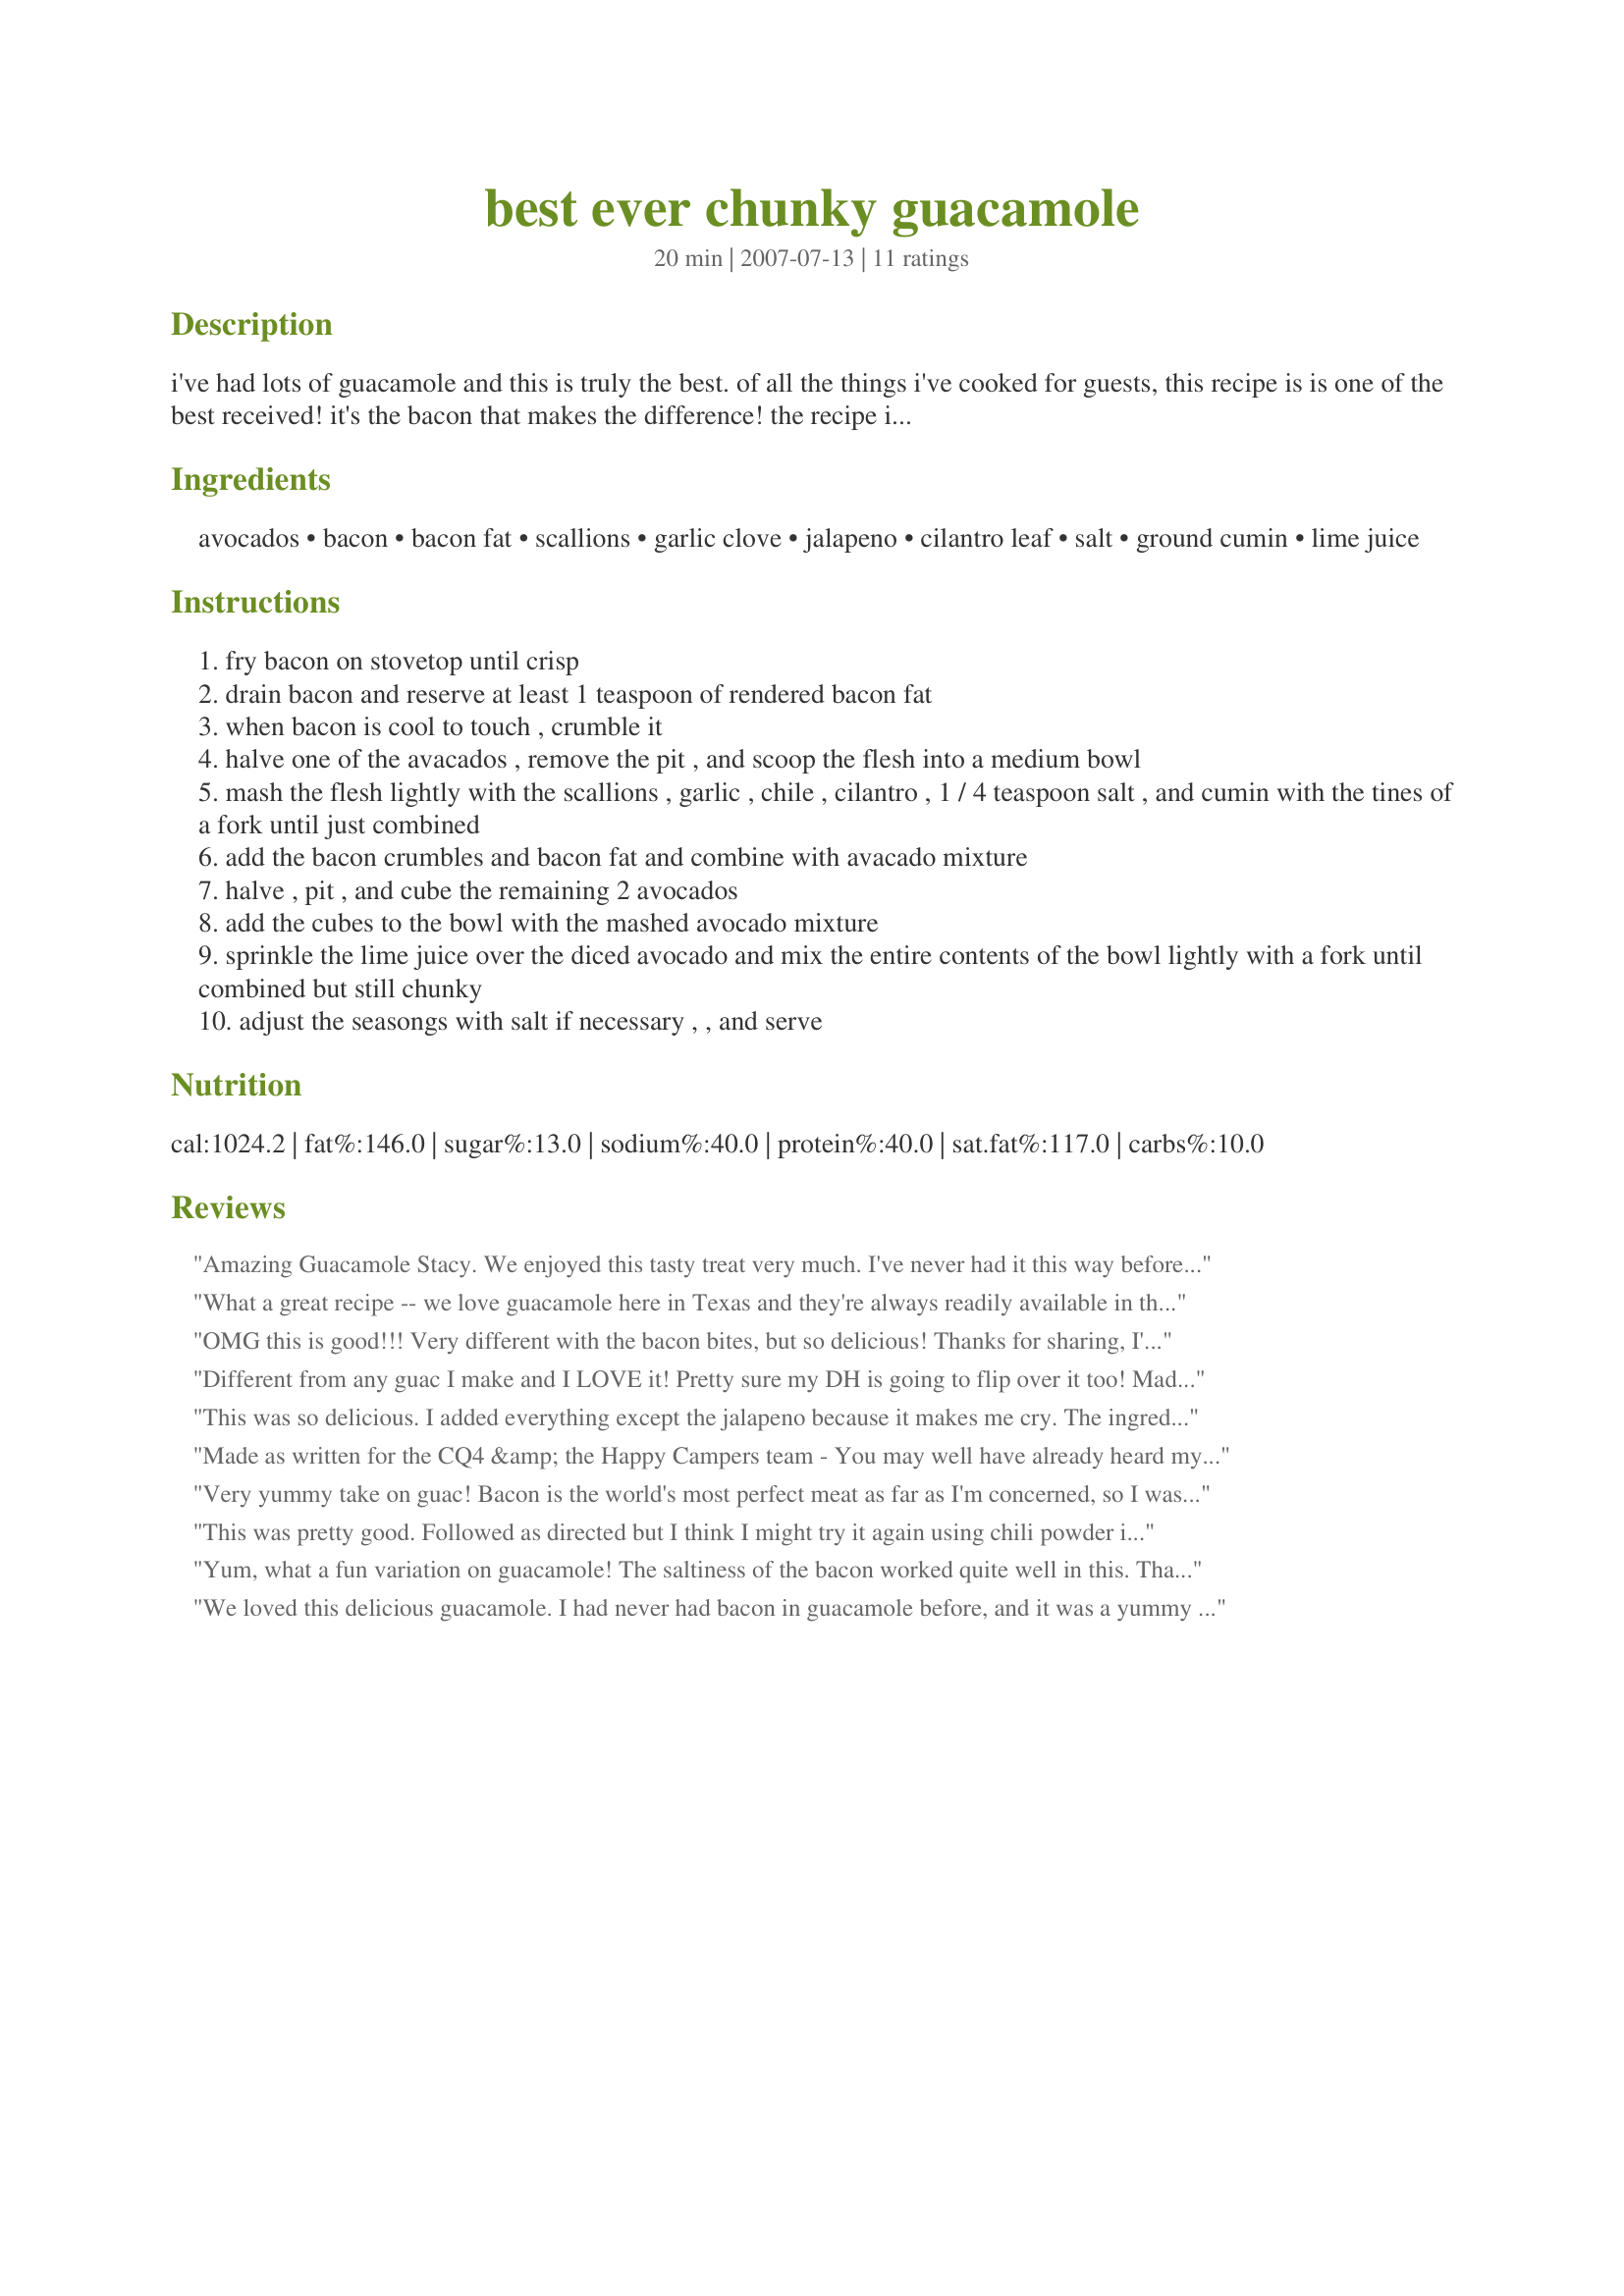
best ever chunky guacamole
Preparation time: 20 minutes

i've had lots of guacamole and this is truly the best. of all the things i've cooked for guests, this recipe is is one of the best received! it's the bacon that makes the difference! the recipe is from the new best recipe cookbook. if you make guacomole ahead of time...*guacamole can be covered with plastic wrap, pressed directly onto the surface of the mixture, and refrigerated up to 1 day.
remove the guacamole to room temperature, removing the plasctic wrap at the last moment, before serving.

Ingredients:
avocados, bacon, bacon fat, scallions, garlic clove, jalapeno, cilantro leaf, salt, ground cumin, lime juice

Steps:
fry bacon on stovetop until crisp
drain bacon and reserve at least 1 teaspoon of rendered bacon fat
when bacon is cool to touch , crumble it
halve one of the avacados , remove the pit , and scoop the flesh into a medium bowl
mash the flesh lightly with the scallions , garlic , chile , cilantro , 1 / 4 teaspoon salt , and cumin with the tines of a fork until just combined
add the bacon crumbles and bacon fat and combine with avacado mixture
halve , pit , and cube the remaining 2 avocados
add the cubes to the bowl with the mashed avocado mixture
sprinkle the lime juice over the diced avocado and mix the entire contents of the bowl lightly with a fork until combined but still chunky
adjust the seasongs with salt if necessary , , and serve

Reviews:
Amazing Guacamole Stacy. We enjoyed this tasty treat very much. I've never had it this way before, it was awesome. Deep, dark and delicious. We've only had it made with tomatoes or mayo before, this is a lovely addition to the rotation. Thank you for sharing a recipe, I will make again. Made for CQ4- Central America.
What a great recipe -- we love guacamole here in Texas and they're always readily available in the summer. Loved the addition of the bacon. Just what we needed as a snack before our meal. Definitely a keeper and will make again.
OMG this is good!!! Very different with the bacon bites, but so delicious! Thanks for sharing, I'll definitely make this again! Made for CQ 2017 Central America for the Happy Campers
Different from any guac I make and I LOVE it! Pretty sure my DH is going to flip over it too! Made for CQ 2017
This was so delicious. I added everything except the jalapeno because it makes me cry. The ingredients went together so well. I have never had guac with bacon bits before. Leaving part of the avocado in chunks was also new. This was the main course of our dinner tonight. My Dh made cheese quesadillas to go with this wonderful guacamole.
Made as written for the CQ4 &amp; the Happy Campers team - You may well have already heard my lecture on the word &quot;best&quot;. As it has been applied to food in general, it is often way over-used. However, that is definitely not the case w/this recipe! (Did I have you scared for a min?) I do believe it is truly the best quacamole I've ever eaten &amp; that's no sml praise from this Texas gal. When I noticed there were no tomatoes in the recipe, I thought I'd miss them but I was wrong. What goofball misses tomatoes when Bacon takes their place? Not me! Thx for sharing this recipe w/the Quest. Yum!
Very yummy take on guac! Bacon is the world's most perfect meat as far as I'm concerned, so I was surprised that it didn't thrill me as much as I expected. But it was still really good! I am also notoriously lazy - next time I will add a sprinkling of real bacon bits to get the bacon flavor! (Still a zillion percent better than lutefisk - lol!) Made for CQ4 - 2017
This was pretty good. Followed as directed but I think I might try it again using chili powder instead of the cumin, just a personal taste.
Yum, what a fun variation on guacamole! The saltiness of the bacon worked quite well in this. Thanks for sharing! CQ4
We loved this delicious guacamole. I had never had bacon in guacamole before, and it was a yummy addition. I used 2 cloves of garlic and extra cumin, as well as salt and black pepper. I also added a pinch of granulated sugar to offset the tartness from the lime. I served this with Carne Asada tacos. **Made for 2017 Culinary Quest - Central America for Smok'in Chefs**
I love Guacamole in general and LOVED this one in particular. I made it as directed and will do so again and again! Thanks for posting. Lesley aka K9 Owned
